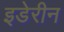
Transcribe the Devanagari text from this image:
इडेरीन